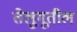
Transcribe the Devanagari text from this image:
तेलुगूतील